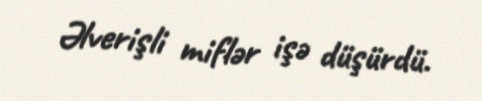
Əlverişli miflər işə düşürdü.